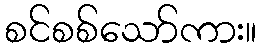
စင်စစ်သော်ကား။